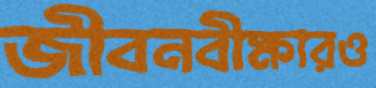
জীবনবীক্ষারও